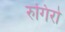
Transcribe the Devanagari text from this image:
रुगिरो